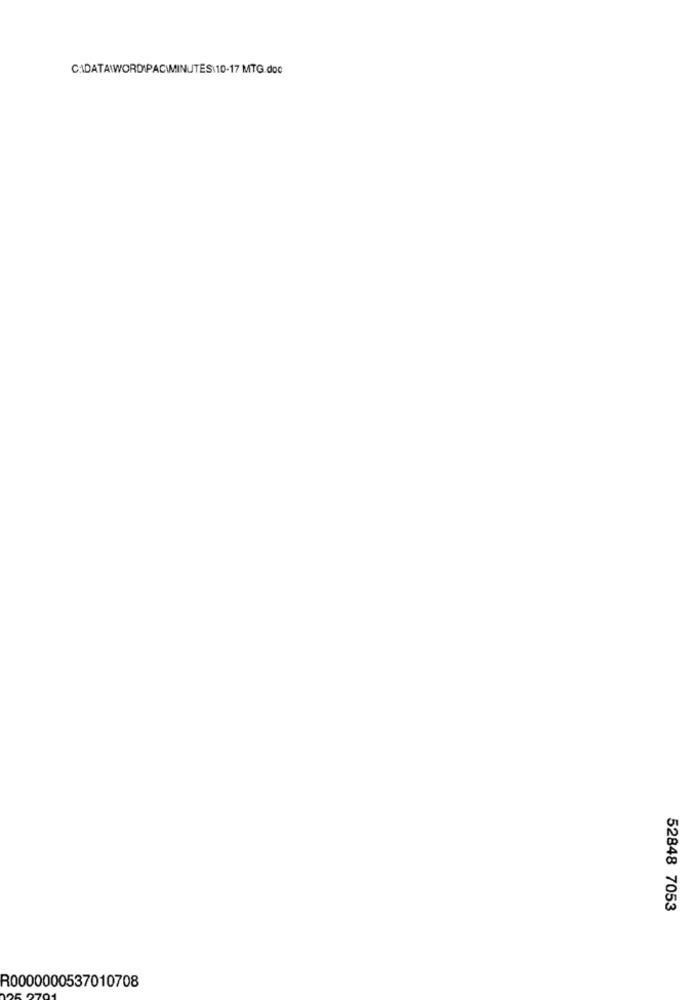
CADATA\WORD PACIMINUTES\10-17 MTG.doc
52848 7053
R0000000537010708